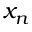
x _ { n }